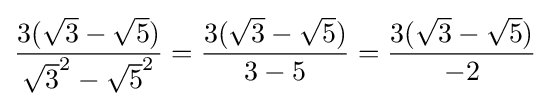
{\frac {3({\sqrt {3}}-{\sqrt {5}})}{{\sqrt {3}}^{2}-{\sqrt {5}}^{2}}}={\frac {3({\sqrt {3}}-{\sqrt {5}})}{3-5}}={\frac {3({\sqrt {3}}-{\sqrt {5}})}{-2}}